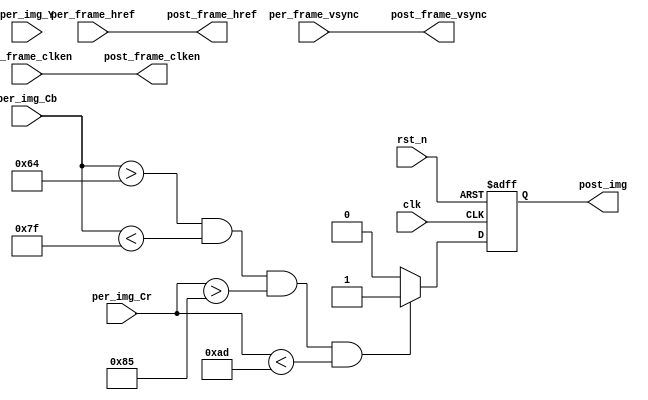
/*-----------------------------------------------------------------------
								 \\\|///
							   \\  - -  //
								(  @ @  )
+-----------------------------oOOo-(_)-oOOo-----------------------------+
CONFIDENTIAL IN CONFIDENCE
This confidential and proprietary software may be only used as authorized
by a licensing agreement from CrazyBingo (Thereturnofbingo).
In the event of publication, the following notice is applicable:
Copyright (C) 2011-20xx CrazyBingo Corporation
The entire notice above must be reproduced on all authorized copies.
Author				:		CrazyBingo
Technology blogs 	: 		http://blog.chinaaet.com/crazybingo
Email Address 		: 		thereturnofbingo@gmail.com
Filename			:		VIP_Sobel_Edge_Detector.v
Data				:		2013-05-26
Description			:		Image edge detector with Sobel.
							Give up the 1th and 2th row edge data caculate for simple process
							Give up the 1th and 2th point of 1 line for simple process
Modification History	:
Data			By			Version			Change Description
=========================================================================
13/05/26		CrazyBingo	1.0				Original
14/03/16		CrazyBingo	2.0				Modification
-------------------------------------------------------------------------
|                                     Oooo								|
+-------------------------------oooO--(   )-----------------------------+
                               (   )   ) /
                                \ (   (_/
                                 \_)
-----------------------------------------------------------------------*/ 

`timescale 1ns/1ns
module VIP_Skin_Detector
#(
	parameter	[9:0]	IMG_HDISP = 10'd640,	//640*480
	parameter	[9:0]	IMG_VDISP = 10'd480
)
(
	//global clock
	input	clk,
	input	rst_n,
	
	//Image data prepred to be processd
	input				per_frame_vsync,	//Prepared Image data vsync valid signal
	input				per_frame_href,		//Prepared Image data href vaild  signal
	input				per_frame_clken,	//Prepared Image data output/capture enable clock
	input		[7:0]	per_img_Y,			//Prepared Image brightness input
	input		[7:0]	per_img_Cb,			//Prepared Image brightness input
	input		[7:0]	per_img_Cr,			//Prepared Image brightness input
	
	//Image data has been processd
	output				post_frame_vsync,	//Processed Image data vsync valid signal
	output				post_frame_href,	//Processed Image data href vaild  signal
	output				post_frame_clken,	//Processed Image data output/capture enable clock
	output				post_img		//Processed Image Bit flag outout(1: Value, 0:inValid)
	
	//user interface
);

reg Detect_by_YCbCr;
// detector
always @(posedge clk or negedge rst_n)
begin
	if(~rst_n)
		Detect_by_YCbCr <= 0;
	else
		Detect_by_YCbCr <= ((per_img_Cb >(100)) &&  (per_img_Cb < (127)) && (per_img_Cr >(133)) && (per_img_Cr < (173))) ? 1 : 0;
end
assign	post_frame_vsync 	= 	per_frame_vsync;
assign	post_frame_href 	= 	per_frame_href;
assign	post_frame_clken 	= 	per_frame_clken;
assign	post_img		=	Detect_by_YCbCr;
endmodule